38_143685_box7_Incident_Summaries_1-100
Agency: Department of War
Page 202
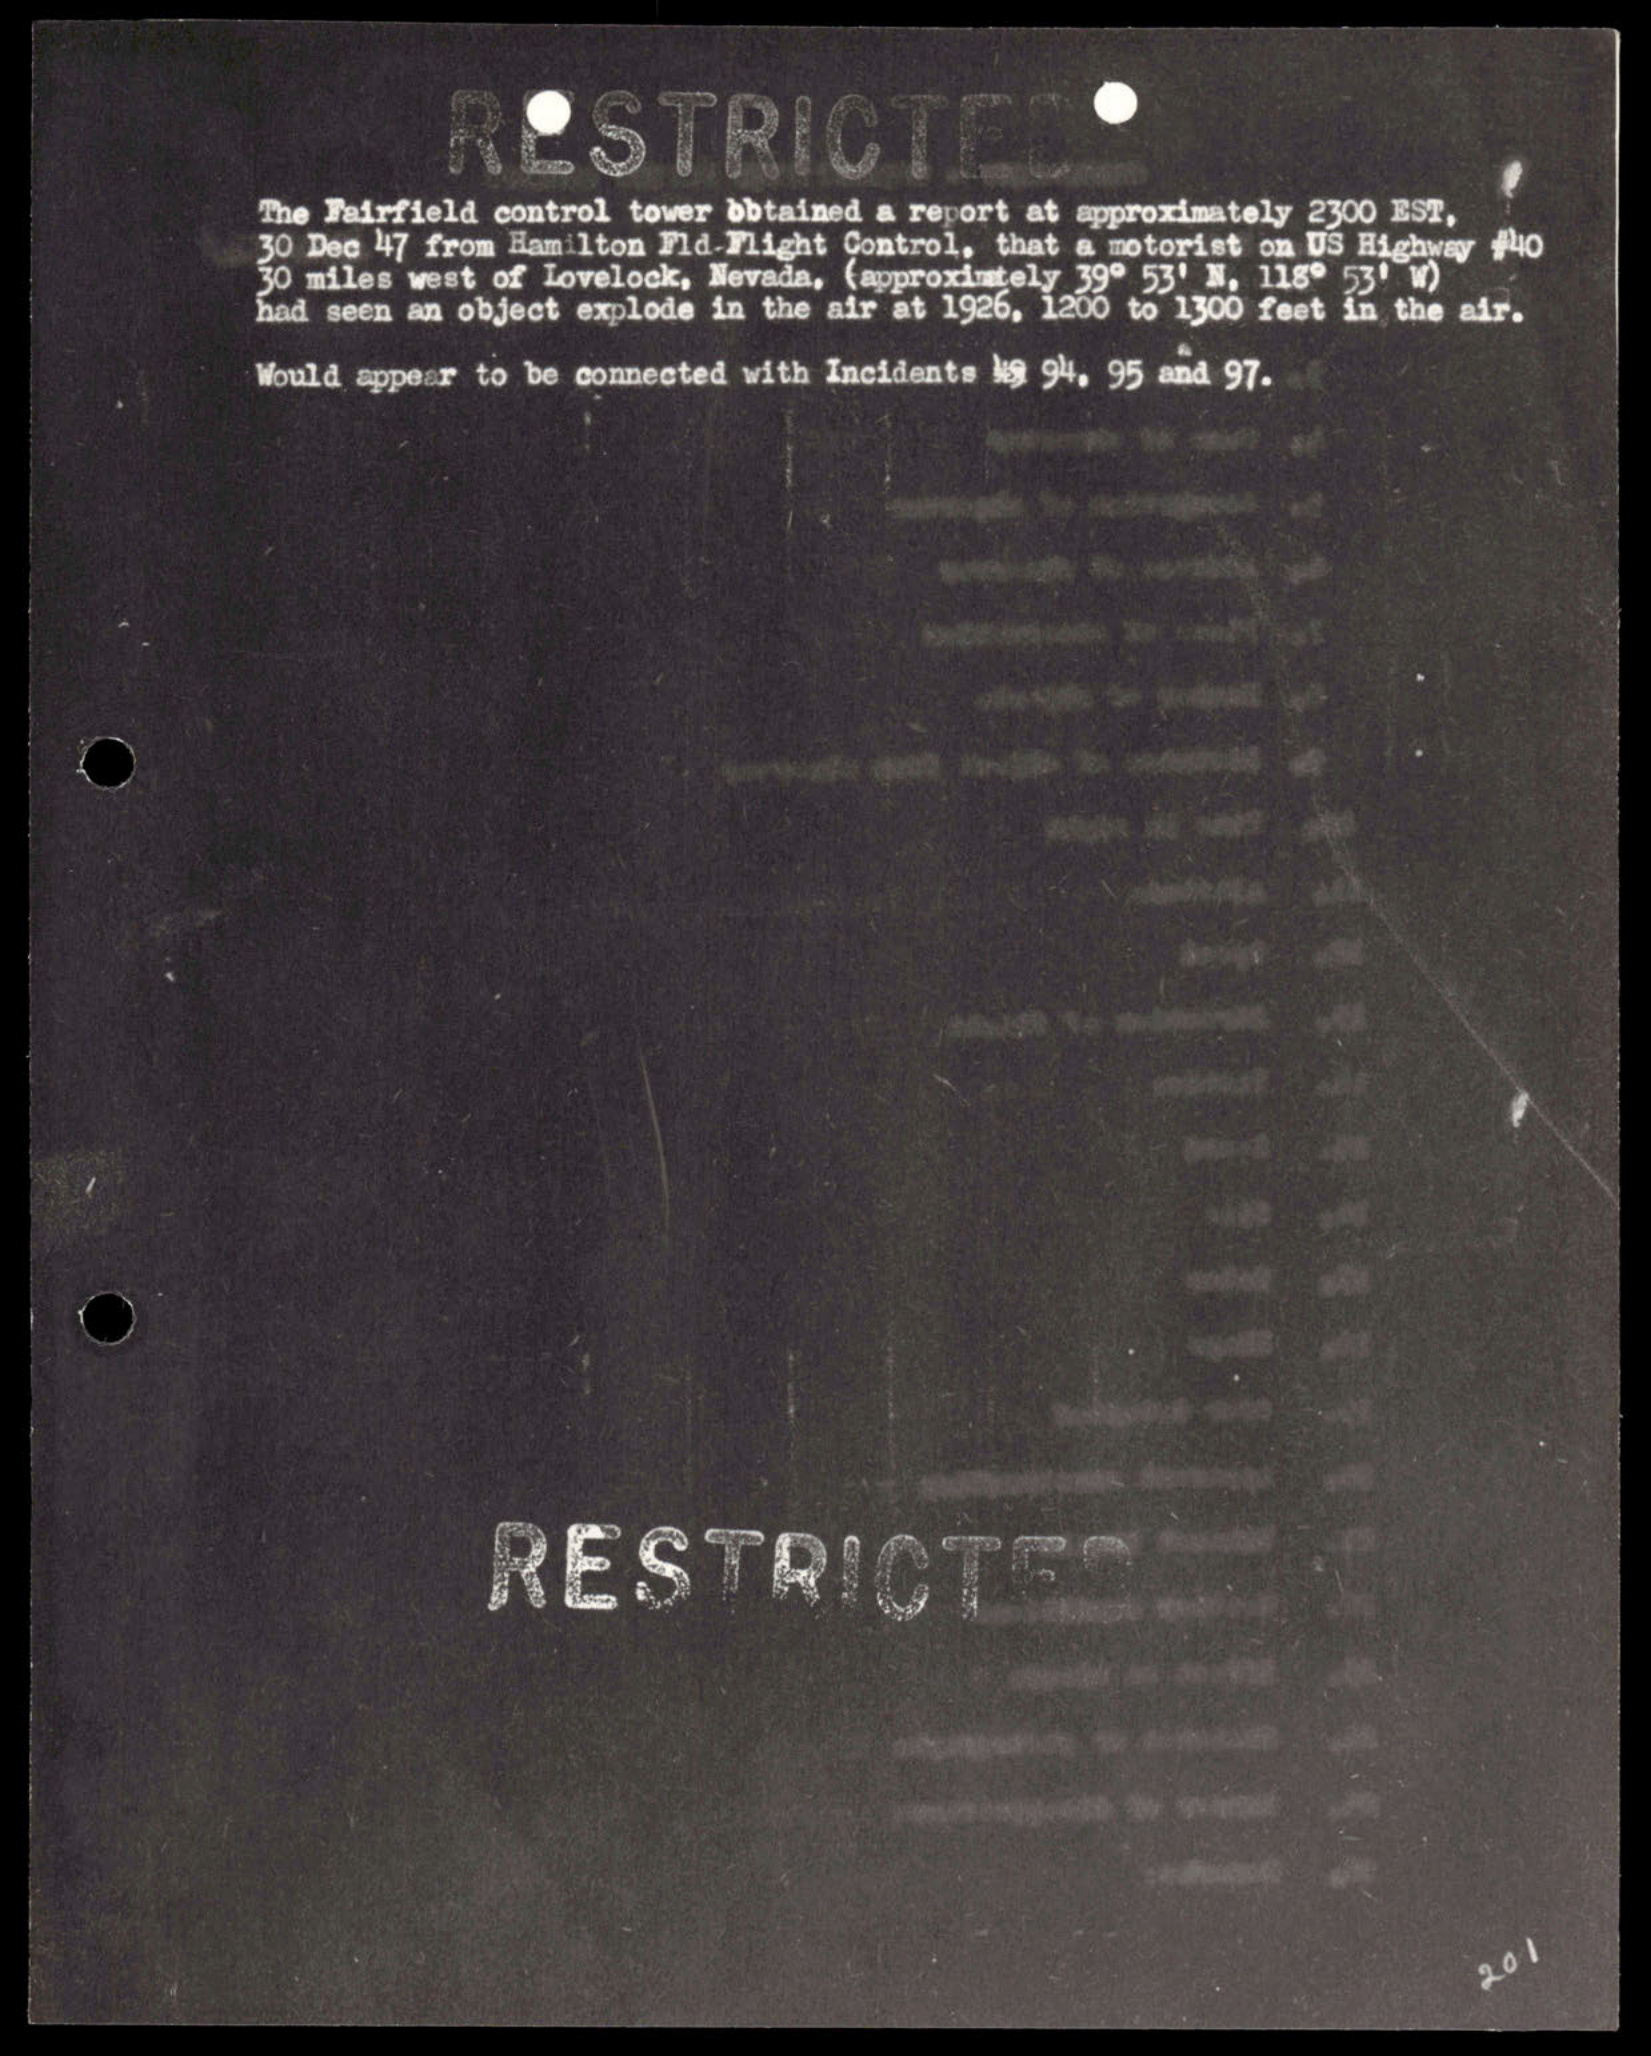